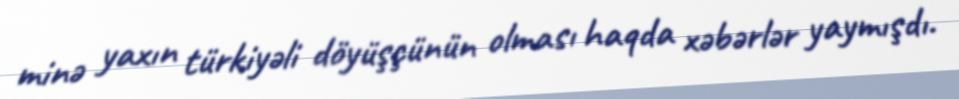
minə yaxın türkiyəli döyüşçünün olması haqda xəbərlər yaymışdı.